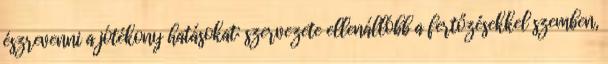
észrevenni a jótékony hatásokat: szervezete ellenállóbb a fertőzésekkel szemben,